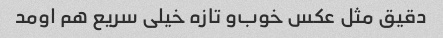
دقیق مثل عکس خوب‌و تازه خیلی سریع هم اومد